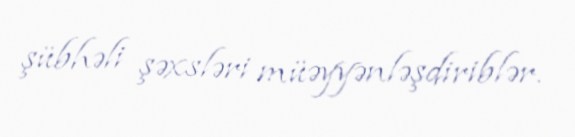
şübhəli şəxsləri müəyyənləşdiriblər.